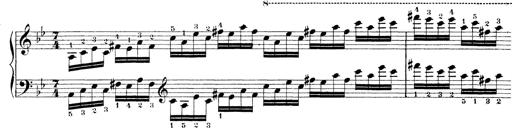
Title: Technische Studien
Composer: Franz Liszt